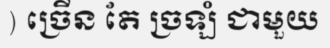
) ច្រើន តែ ច្រឡំ ជាមួយ